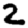
Digit: 2